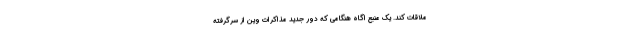
ملاقات کند. یک منبع اگاه هنگامی که دور جدید مذاکرات وین از سرگرفته